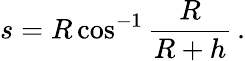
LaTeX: s=R\cos^{-1}{\frac{R}{R+h}}\, .